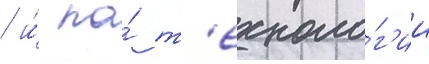
/ и́ по́ т'ехноло́г'ии